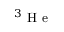
^ 3 \mathrm { ~ H ~ e ~ }